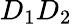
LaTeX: D_{1}D_{2}